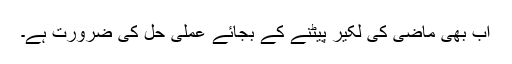
اب بھی ماضی کی لکیر پیٹنے کے بجائے عملی حل کی ضرورت ہے۔